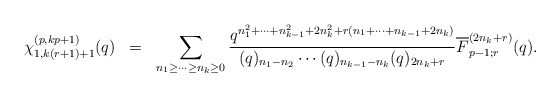
\begin{align*}\begin{array}{rcl}\chi^{(p,kp+1)}_{1,k(r+1)+1}(q)& = &\displaystyle\sum_{n_1 \geq \cdots \geq n_{k}\geq 0}\frac{q^{n_1^2 +\cdots + n_{k-1}^2 + 2n_k^2 +r(n_1 + \cdots + n_{k-1}+2n_k )}} {(q)_{n_1 - n_2 }\cdots (q)_{n_{k-1}-n_{k}} (q)_{2n_{k}+r}}\overline{F}^{(2n_k +r)}_{p-1;r}(q).\end{array}\end{align*}